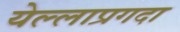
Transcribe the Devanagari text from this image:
येल्लाप्रगदा